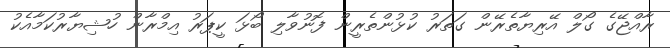
ރާއްޖޭގެ ގޯލް އޭރިޔާތެރޭން ގަތަރު ކުޅުންތެރީން ފޮނުވާލި ބޯޅަ ކީޕަރު އިމްރާން ހުޝިޔާރުކަމާއެކު